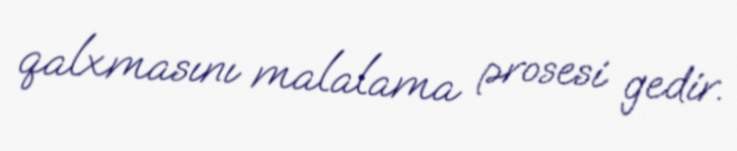
qalxmasını malalama prosesi gedir.